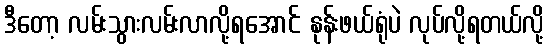
ဒီတော့ လမ်းသွားလမ်းလာလို့ရအောင် နုန်းဖယ်ရုံပဲ လုပ်လို့ရတယ်လို့